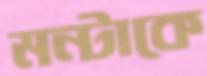
মন্টাকে